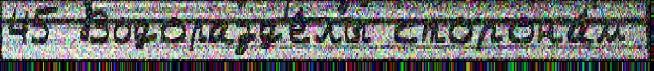
45 Водоразд'е́лы сторона́м